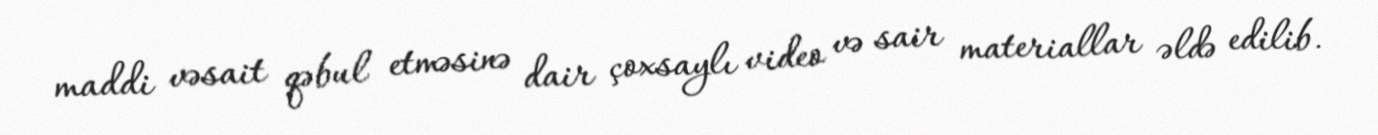
maddi vəsait qəbul etməsinə dair çoxsaylı video və sair materiallar əldə edilib.